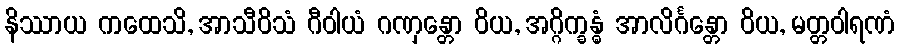
နိဿာယ ကထေသိ, အာသီဝိသံ ဂီဝါယံ ဂဏှန္တော ဝိယ, အဂ္ဂိက္ခန္ဓံ အာလိင်္ဂန္တော ဝိယ, မတ္တဝါရဏံ